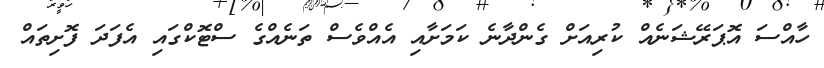
ހާއްސަ އޮޕަރޭޝަނެއް ކުރިއަށް ގެންދާނެ ކަމަށާއި އެއްވެސް ތަނެއްގެ ސްޓޮކްގައި އެފަދަ ފޮށިތައް